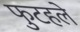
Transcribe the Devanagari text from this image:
फुटहले